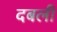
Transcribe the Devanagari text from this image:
दबली